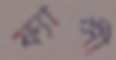
ফ্যান্সী